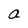
Character: a